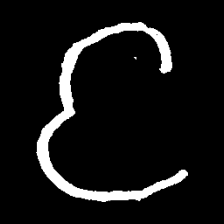
Pyu character \u2014 Myanmar letter: င (romanized: nga)